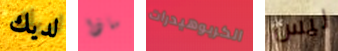
لديك ماذا الكربوهيدرات ليس